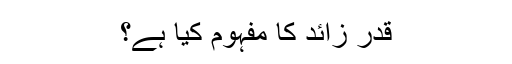
قدر زائد کا مفہوم کیا ہے؟